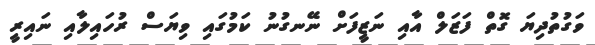
ވަގުތުދިޔަ ގޮތް ފަޒަލް އާއި ނަޒީފަށް ނޭނގުނު ކަމުގައި ވިޔަސް ރުހައިލާއި ނައިރީ